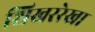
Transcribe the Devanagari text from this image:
शिखररेखा